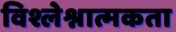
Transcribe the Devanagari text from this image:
विश्लेश्नात्मकता